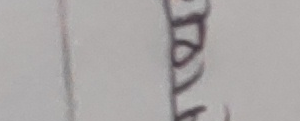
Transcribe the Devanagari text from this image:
को